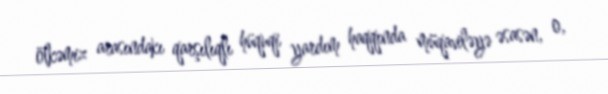
ölkəmiz arasındakı qarşılıqlı hüquqi yardım haqqında müqaviləyə əsasən, o,